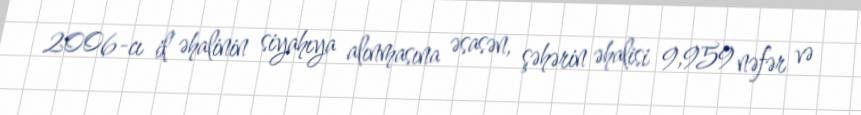
2006-cı il əhalinin siyahıya alınmasına əsasən, şəhərin əhalisi 9,959 nəfər və